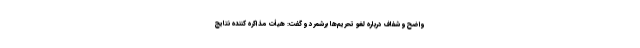
واضح و شفاف درباره لغو تحریم‌ها برشمرد و گفت: هیأت مذاکره کننده نتایج